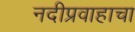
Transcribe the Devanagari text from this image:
नदीप्रवाहाचा